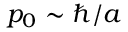
p _ { 0 } \sim \hbar / a